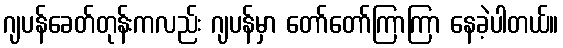
ဂျပန်ခေတ်တုန်းကလည်း ဂျပန်မှာ တော်တော်ကြာကြာ နေခဲ့ပါတယ်။